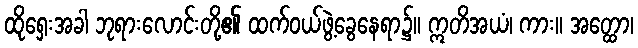
ထိုရှေးအခါ ဘုရားလောင်းတို့၏ ထက်ဝယ်ဖွဲ့ခွေနေရာ၌။ ဣတိအယံ၊ ကား။ အတ္ထော၊